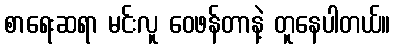
စာရေးဆရာ မင်းလူ ဝေဖန်တာနဲ့ တူနေပါတယ်။